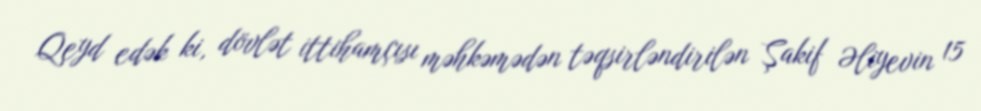
Qeyd edək ki, dövlət ittihamçısı məhkəmədən təqsirləndirilən Şakif Əliyevin 15